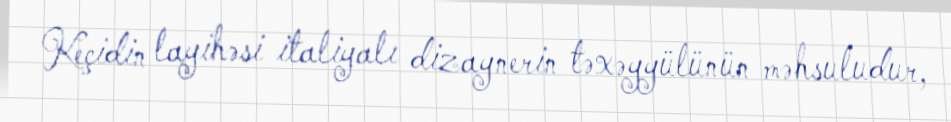
Keçidin layihəsi italiyalı dizaynerin təxəyyülünün məhsuludur,